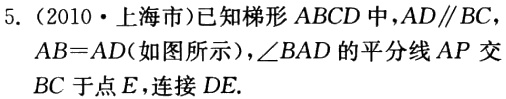
5.（2010·上海市）已知梯形 \(ABCD\) 中，\(AD\parallel BC\)，\(AB = AD\)（如图所示），\(\angle BAD\) 的平分线 \(AP\) 交 \(BC\) 于点 \(E\)，连接 \(DE\).